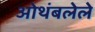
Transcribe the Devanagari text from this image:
ओथंबलेले